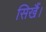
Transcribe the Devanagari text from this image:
सिखैं।